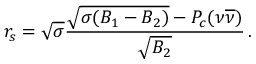
r _ { s } = \sqrt { \sigma } { \frac { \sqrt { \sigma ( B _ { 1 } - B _ { 2 } ) } - P _ { c } ( \nu \overline { { { \nu } } } ) } { \sqrt { B _ { 2 } } } } \, .